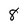
Character: 8